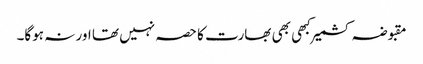
مقبوضہ کشمیر کبھی بھی بھارت کا حصہ نہیں تھا اور نہ ہوگا۔